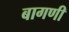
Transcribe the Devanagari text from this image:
बागणी